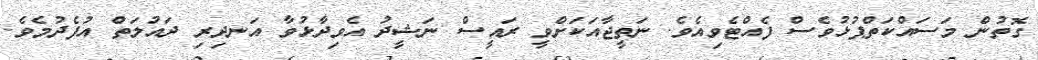
ގޮތުން މަސައްކަތްޕުޅުވެސް ފެއްޓެވިއެވެ. ނަތީޖާއަކަށްވީ ރައީސް ނަޝީދު އެވިދާޅުވާ އަނދިރި ދައުލަތް އުފެދުމެވެ.